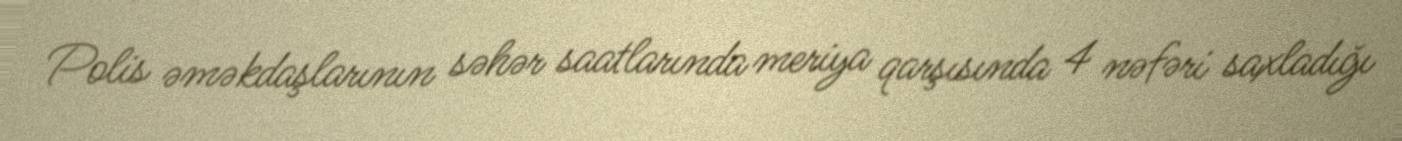
Polis əməkdaşlarının səhər saatlarında meriya qarşısında 4 nəfəri saxladığı